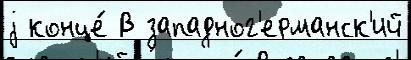
j конце́ В западног'ерманск'ий